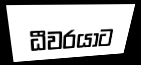
ධීවරයාට